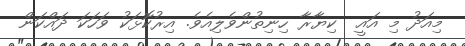
މިއަދު މި އައީ  ކިޔާރާ ހިނިތުންވެލިއެވެ. އިރުކޮޅަކު ވަހަކަ ދައްކަން